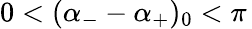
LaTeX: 0<(\alpha_{-}-\alpha_{+})_{0}<\pi\,